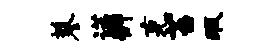
蓼诺辨克苔瑕